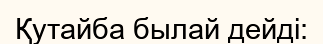
Қутайба былай дейді: